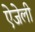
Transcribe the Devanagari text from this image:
ऐजेली